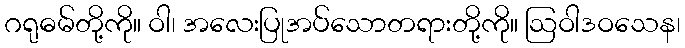
ဂရုဓမ်တို့ကို။ ဝါ၊ အလေးပြုအပ်သောတရားတို့ကို။ ဩဝါဒဝသေန၊